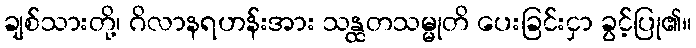
ချစ်သားတို့၊ ဂိလာနရဟန်းအား သန္ထတသမ္မုတိ ပေးခြင်းငှာ ခွင့်ပြု၏။